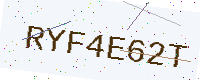
Text: RYF4E62T